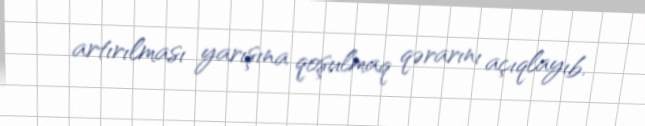
artırılması yarışına qoşulmaq qərarını açıqlayıb.